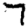
Digit: 7